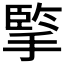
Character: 𢱯